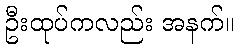
ဦးထုပ်ကလည်း အနက်။